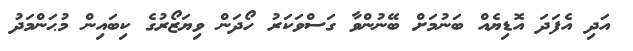
އަދި އެފަދަ އޮޑިޔެއް ބަނުމަށް ބޭނުންވާ ގަސްވަކަރު ހޯދަން ވިޔަޒޯރުގެ ކިބައިން މުޙަންމަދު